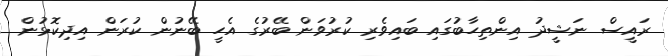
ރައީސް ނަޝީދު އިންތިހާބުގައި ބައިވެރި ކުރުވަން ބޭރުގެ އެހީ ބޭނުން ކުރަން އިދިކޮޅުން